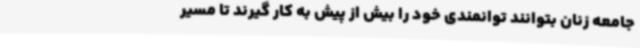
جامعه زنان بتوانند توانمندی خود را بیش از پیش به کار گیرند تا مسیر